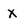
Character: X